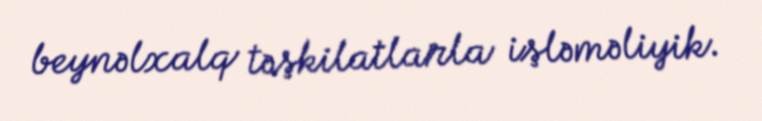
beynəlxalq təşkilatlarla işləməliyik.